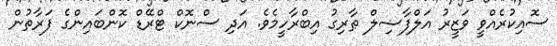
ސޮއިކުރެއްވީ ވަޒީރު އަލްފާޟިލް ޠާރިގު އިބްރާހީމެވެ. އަދި ސްނޮކް ޓްރޭޑް ކޮންބައިންގެ ފަރާތުން